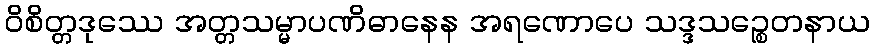
ဝိစိတ္တဒုဿေ အတ္တသမ္မာပဏိဓာနေန အရဏောပေ သဒ္ဒသဉ္စေတနာယ